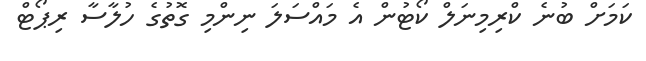
ކަމަށް ބުނެ ކްރިމިނަލް ކޯޓުން އެ މައްސަލަ ނިންމި ގޮތުގެ ހުލާސާ ރިޕޯޓް